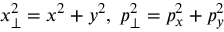
x _ { \perp } ^ { 2 } = x ^ { 2 } + y ^ { 2 } , \; p _ { \perp } ^ { 2 } = p _ { x } ^ { 2 } + p _ { y } ^ { 2 }